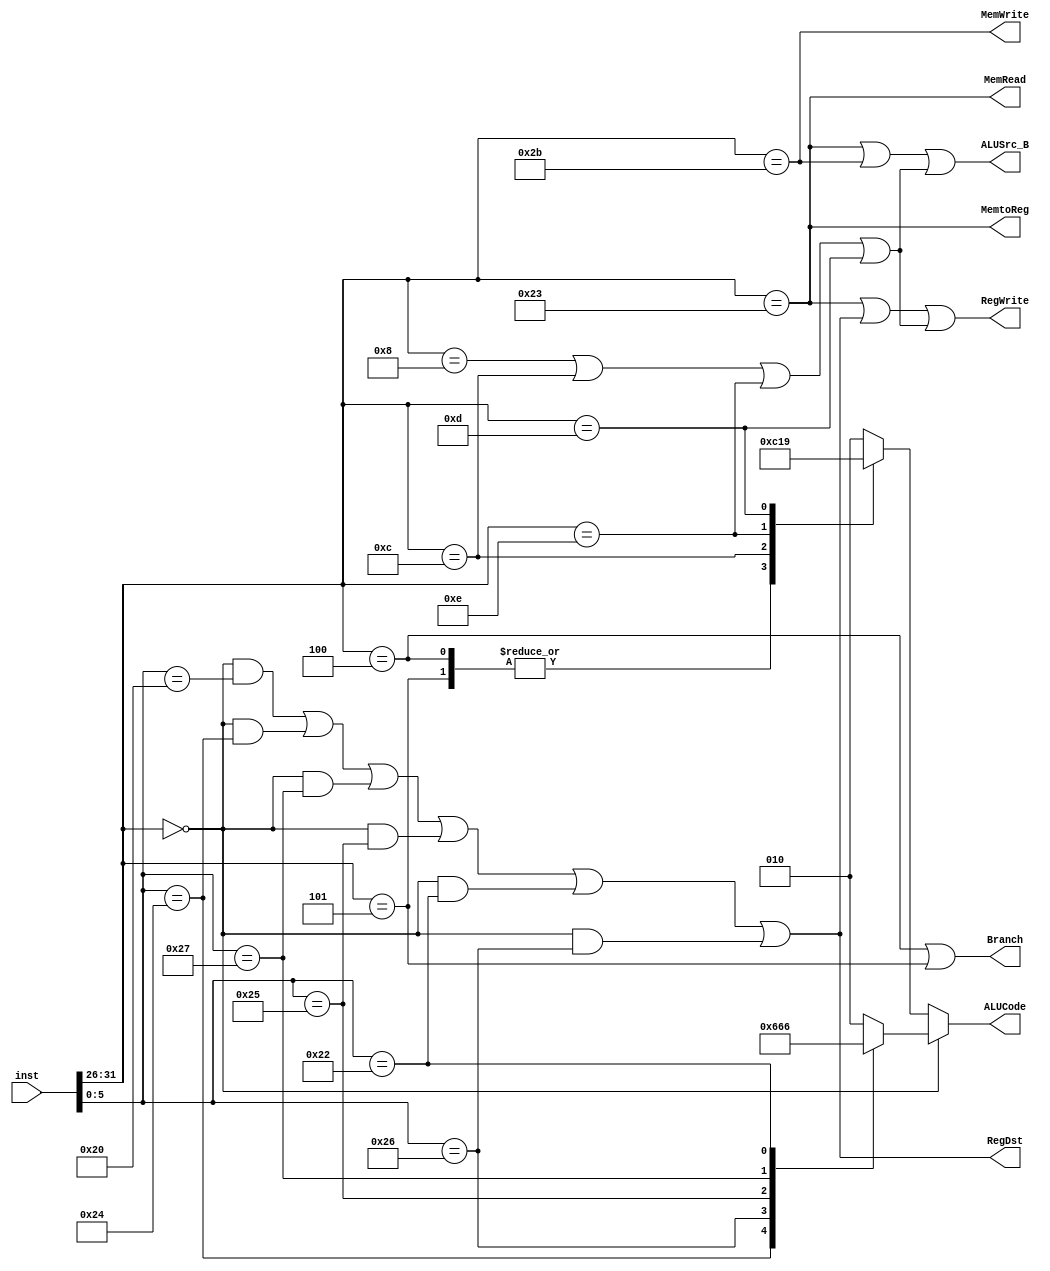
`timescale 1ns / 1ps
//////////////////////////////////////////////////////////////////////////////////
// Company:
// Engineer:
//
// Design Name:
// Module Name: CtrlUnit
// Project Name:
// Target Devices:
// Tool Versions:
// Description:
//
// Dependencies:
//
// Revision:
// Revision 0.01 - File Created
// Additional Comments:
//
//////////////////////////////////////////////////////////////////////////////////


module CtrlUnit(inst,
                RegWrite,
                RegDst,
                Branch,
                MemRead,
                MemWrite,
                ALUCode,
                ALUSrc_B,
                MemtoReg);
    input[31:0] inst;
    output RegWrite;
    output RegDst;
    output Branch;
    output MemRead;
    output MemWrite;
    output[2:0] ALUCode;
    output ALUSrc_B;
    output MemtoReg;//1:mem
    
    wire[5:0] op;
    wire[5:0] func;
    wire[4:0] rt;
    assign op   = inst[31:26];//op
    assign func = inst[5:0];//func
    
    //R
    parameter R_type_op = 6'b000000;
    parameter ADD_func  = 6'b100000;
    parameter AND_func  = 6'b100100;
    parameter XOR_func  = 6'b100110;
    parameter OR_func   = 6'b100101;
    parameter NOR_func  = 6'b100111;
    parameter SUB_func  = 6'b100010;
    
    //R_type
    wire ADD,AND,NOR,OR,SUB,XOR,R_type;
    assign ADD    = (op == R_type_op)&&(func == ADD_func);
    assign AND    = (op == R_type_op)&&(func == AND_func);
    assign NOR    = (op == R_type_op)&&(func == NOR_func);
    assign OR     = (op == R_type_op)&&(func == OR_func);
    assign SUB    = (op == R_type_op)&&(func == SUB_func);
    assign XOR    = (op == R_type_op)&&(func == XOR_func);
    assign R_type = ADD||AND||NOR||OR||SUB||XOR;
    
    //Branch
    parameter BEQ_op = 6'b000100;
    parameter BNE_op = 6'b000101;
    wire BEQ,BNE,Branch;
    assign BEQ    = (op == BEQ_op);
    assign BNE    = (op == BNE_op);
    assign Branch = BEQ||BNE;
    
    // I_type instruction decode
    parameter ADDI_op = 6'b001000;
    parameter ANDI_op = 6'b001100;
    parameter XORI_op = 6'b001110;
    parameter ORI_op  = 6'b001101;
    wire ADDI,ANDI,XORI,ORI,I_type;
    assign ADDI   = (op == ADDI_op);
    assign ANDI   = (op == ANDI_op);
    assign XORI   = (op == XORI_op);
    assign ORI    = (op == ORI_op);
    assign I_type = ADDI||ANDI||XORI||ORI;
    
    // SW ,LW instruction decode
    parameter SW_op = 6'b101011;
    parameter LW_op = 6'b100011;
    wire SW,LW;
    assign SW = (op == SW_op);
    assign LW = (op == LW_op);
    
    // Control Singal
    assign RegWrite = LW||R_type||I_type;//
    assign RegDst   = R_type;//RegDst = 1rdR
    assign MemWrite = SW;
    assign MemRead  = LW;
    assign MemtoReg = LW;
    assign ALUSrc_B = LW||SW||I_type;
    
    // ALUCode
    //ALU
    parameter alu_add = 3'b010;
    parameter alu_sub = 3'b110;
    parameter alu_and = 3'b000;
    parameter alu_or  = 3'b001;
    parameter alu_xor = 3'b011;
    parameter alu_nor = 3'b100;
    
    reg[2:0] ALUCode;
    always@(*)begin
        if (op == R_type_op)begin
            case(func)
                ADD_func: ALUCode <= alu_add;
                AND_func: ALUCode <= alu_and;
                XOR_func: ALUCode <= alu_xor;
                OR_func: ALUCode  <= alu_or;
                NOR_func: ALUCode <= alu_nor;
                SUB_func: ALUCode <= alu_sub;
                default: ALUCode  <= alu_add;
            endcase
        end
        else
        begin
            case(op)
                BEQ_op: ALUCode  <= alu_sub;
                BNE_op: ALUCode  <= alu_sub;
                ADDI_op: ALUCode <= alu_add;
                ANDI_op: ALUCode <= alu_and;
                XORI_op: ALUCode <= alu_xor;
                ORI_op: ALUCode  <= alu_or;
                SW_op: ALUCode   <= alu_add;
                LW_op: ALUCode   <= alu_add;
                default: ALUCode <= alu_add;
            endcase
        end
    end
    
endmodule